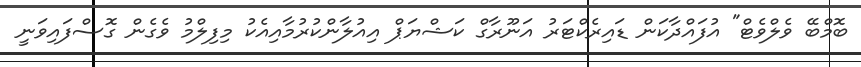
ބޮމްބޭ ވެލްވެޓް" އުފައްދާކަން ޑައިރެކްޓަރު އަނޫރާގް ކަޝްޔަޕް އިއުލާންކުރުމާއިއެކު މިފިލްމު ވެގެން ގޮސްފައިވަނީ